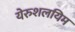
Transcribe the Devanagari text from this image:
येरुशलयिम